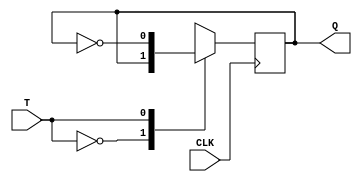
`timescale 1ns / 1ps
//////////////////////////////////////////////////////////////////////////////////
// Company: 
// Engineer: 
// 
// Design Name: 
// Module Name: Synchronous_down_counter
// Project Name: 
// Target Devices: 
// Tool Versions: 
// Description: 
// 
// Dependencies: 
// 
// Revision:
// Revision 0.01 - File Created
// Additional Comments:
// 
//////////////////////////////////////////////////////////////////////////////////
module TF(Q,T,CLK);
input T,CLK;
output reg Q;
initial Q=1'b0;
always @(negedge CLK)
    case(T)
    0: Q = Q;
    1: Q = ~Q;
  endcase
endmodule

module Synchronous_down_counter(Q,CLK);
input CLK;
output [3:1]Q;
wire x;
and (x,~Q[1],~Q[2]);
TF T1 (Q[1],1'b1,CLK),
     T2 (Q[2],~Q[1],CLK),
     TC (Q[3],x,CLK);
endmodule